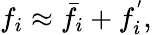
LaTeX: f_{i}\approx\bar{f}_{i}+f_{i}^{'},